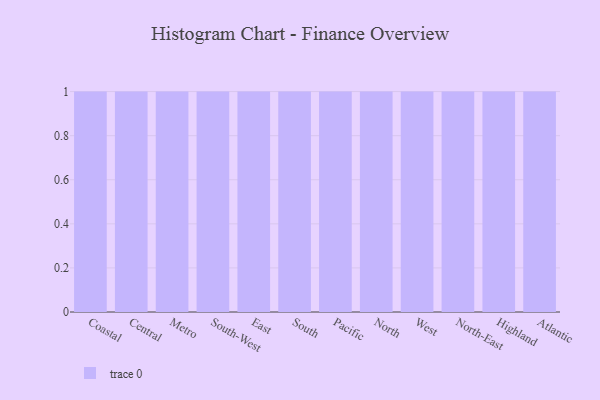
{"axis": {"x": "Region", "y": "Demand Index"}, "legend": [""], "data": [{"x": "Coastal", "y": 100, "type": ""}, {"x": "Central", "y": 77, "type": ""}, {"x": "Metro", "y": 53, "type": ""}, {"x": "South-West", "y": 38, "type": ""}, {"x": "East", "y": 78, "type": ""}, {"x": "South", "y": 79, "type": ""}, {"x": "Pacific", "y": 83, "type": ""}, {"x": "North", "y": 41, "type": ""}, {"x": "West", "y": 31, "type": ""}, {"x": "North-East", "y": 24, "type": ""}, {"x": "Highland", "y": 86, "type": ""}, {"x": "Atlantic", "y": 78, "type": ""}]}